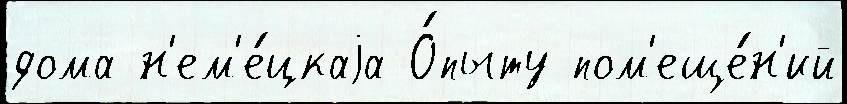
дома н'ем'е́цкаjа О́пыту пом'еще́н'ий